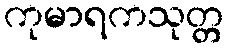
ကုမာရကသုတ္တ